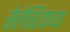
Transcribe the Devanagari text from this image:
सेलेस्टियाच्या